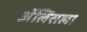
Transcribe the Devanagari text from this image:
ॲलिसला